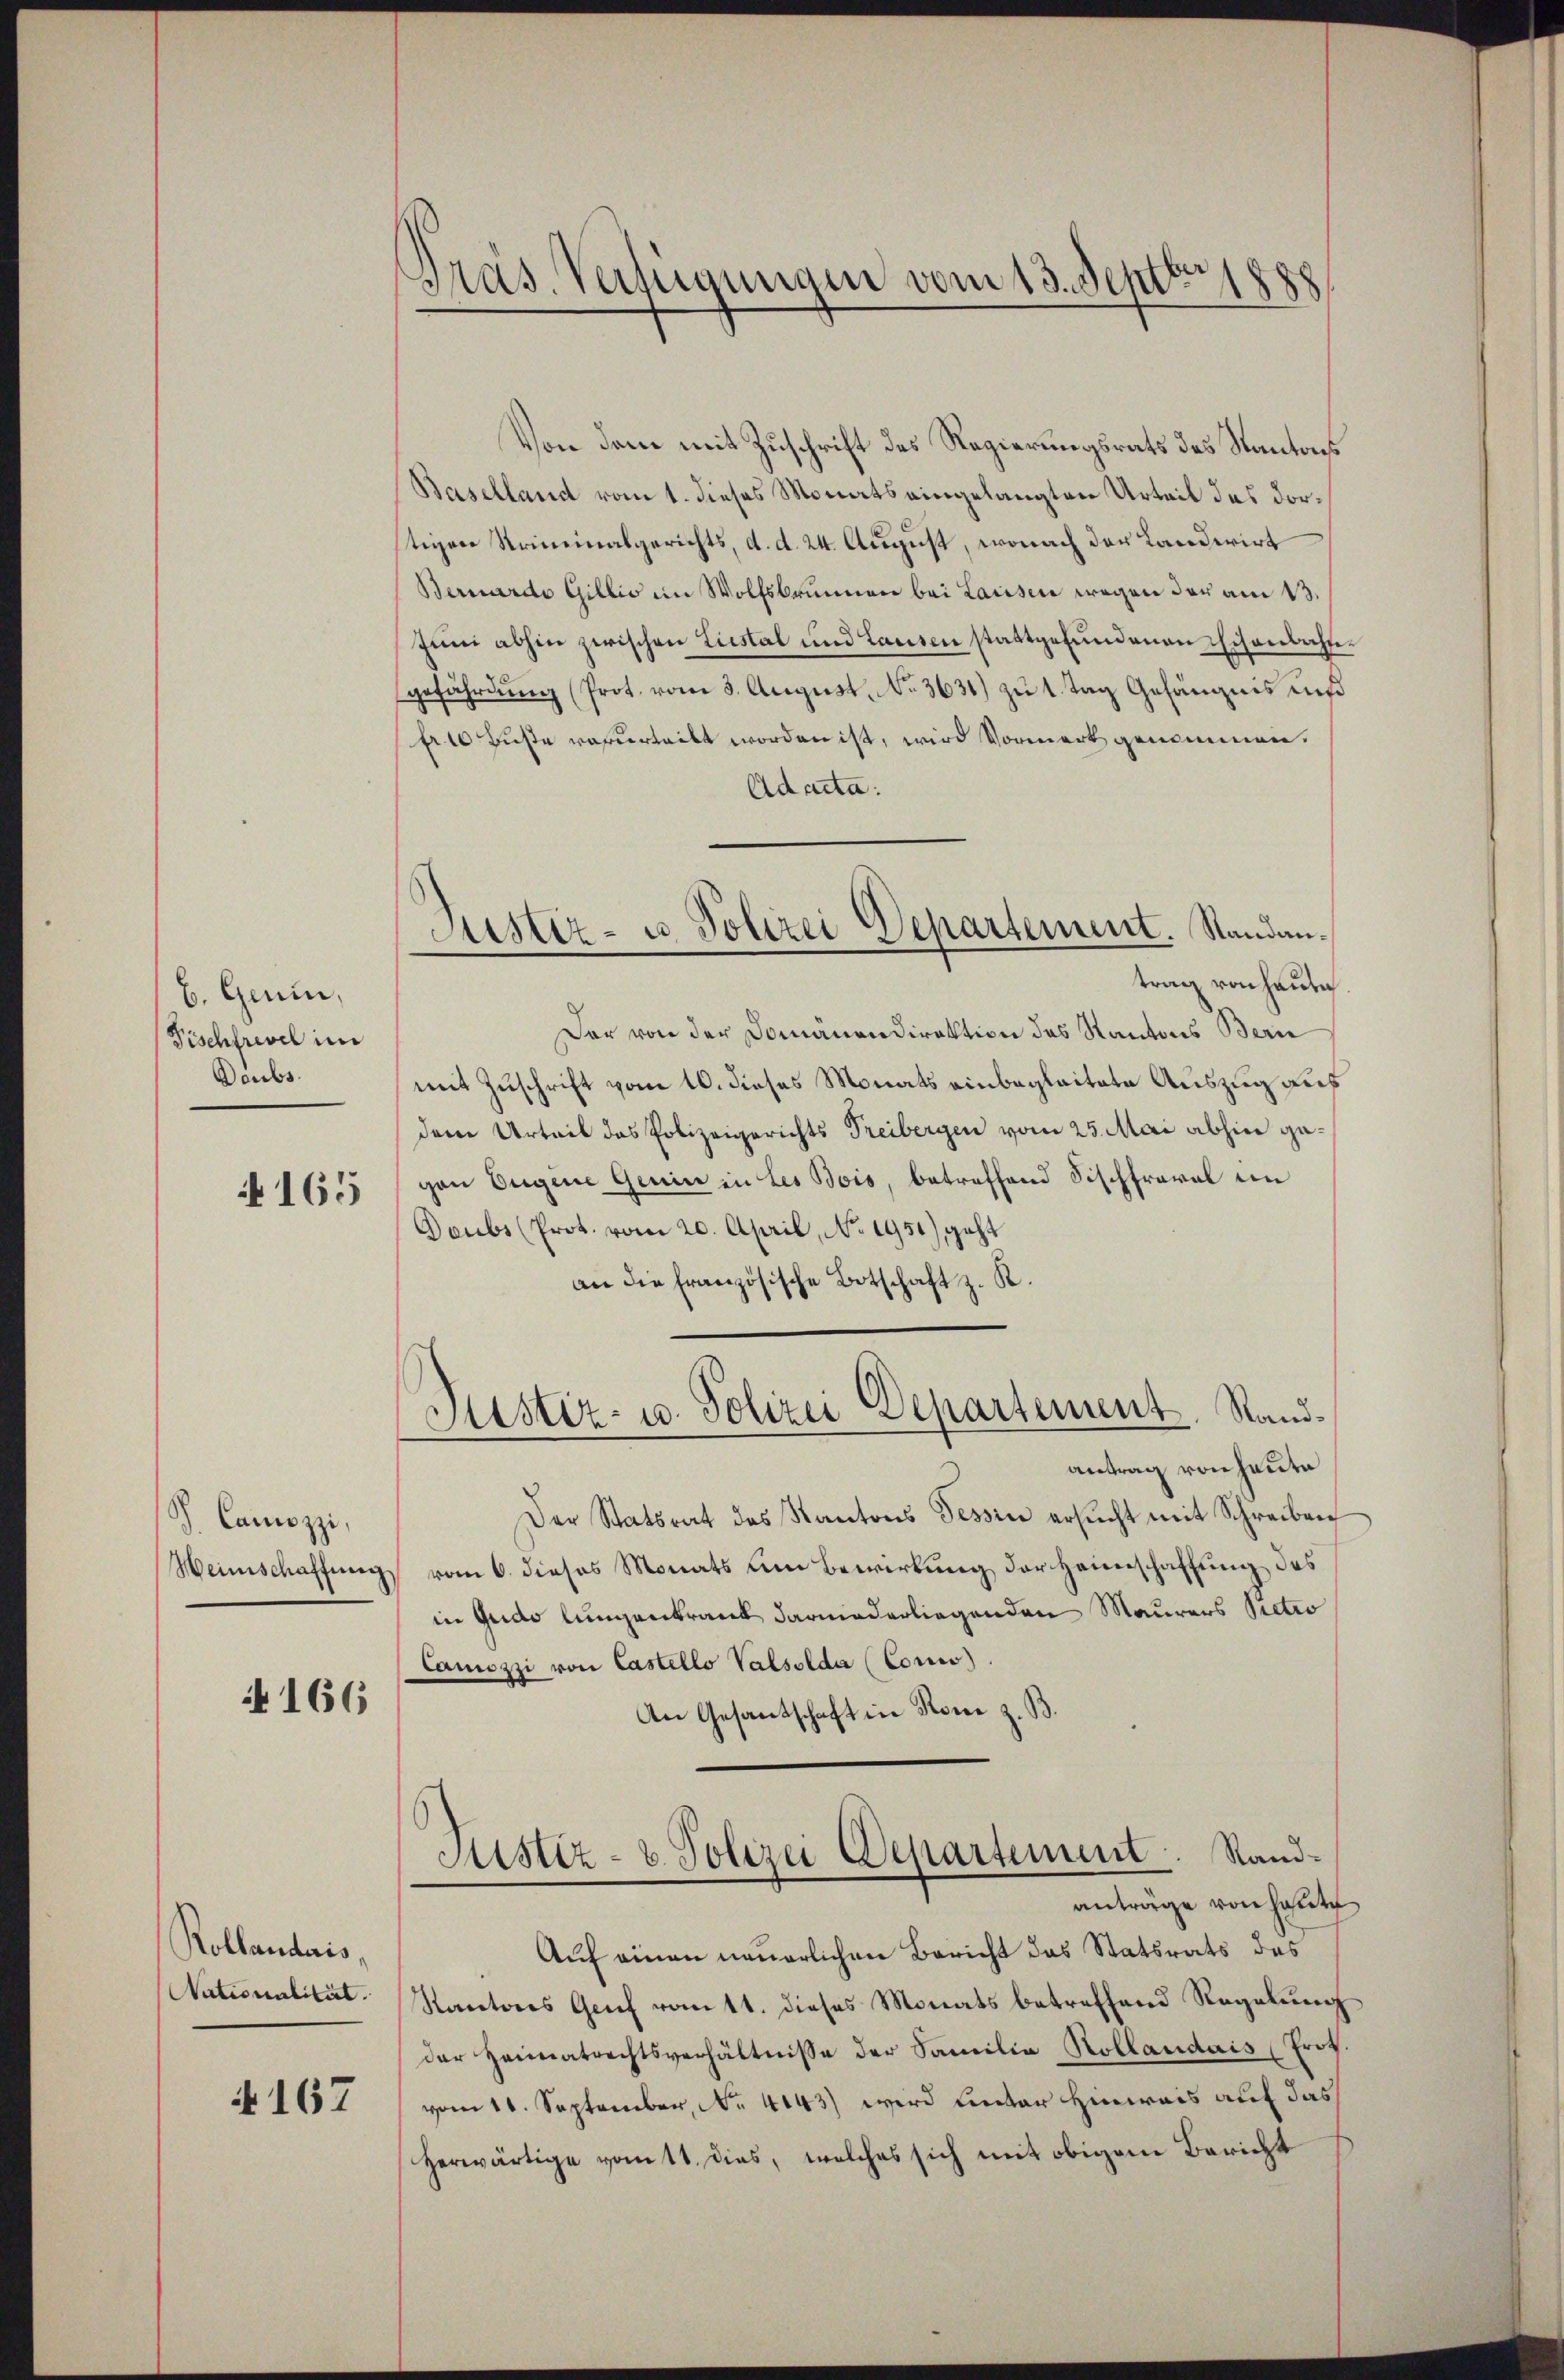
b. Gerin,
Fischfrevel im
Doubs.

N 165

S. Canozzi,

4166

Kollandais,
Nationalität.

4167

Präs. Verfügungen vom 13. Septbr. 1888

Von dem mit Zuschrift des Regierungsrats des Kantons
Baselland vom 1. dieses Monats eingelangten Urteil das dorstigen Kriminalgerichts, d. d. 24. August, wonach der Landerirt
Bernardo Gillis in Wolfsbrunnen bei Lausen wegen der am 13.
Juni abhin zwischen Liestal und Lausen stattgefundenen Eisenbahngefährdung (Prot. vom 3. August No. 3631) zu 1 Tag Gefängnis und
fr. 10 Fuße reverteilt worden ist, wird Vormerk genommen.
Ad acta:
Der von der Domänendirektion des Kantons Bern
mit Zuschrift vom 10. dieses Monats einbegleitete Auszug aus
dem Urteil das Polizeigerichts Freibergen vom 25. Mai abhin gegan Eugene Genin in Les Bois, betreffend Fischfraval in
Doubs (Prot. vom 20. April, No. 1951), geht
an die französische Botschaft z. R.
Justiz- u. Polizei Departement. Sandantrag von heute
Der Statsrat des Kantons Tessin ersucht mit Schreiben
Weinschaffung vom 6. dieses Monats um Bewirkung der Heimschaffung des
in Guido lungenkrank darniederliegenden Maurers Pietro
Camozzi von Castello Valsolda (Consis).
An Gesantschaft in Rone z. B.
Justiz- & Polizei Departement. Sandanträge von Haute
Auf einen neuerlichen Bericht das Statsrats des
Kantons Genf vom tt. dieses Monats betreffend Regelung
der Heimatrechtsverhältnisse der Familia Kollaudais (rez.
vom 11. September, No. 4143) wird unter Hinweis auf das
herwärtige vom 11. dies, welches sich mit obigem Bericht

Justiz- u. Polizei Departement. Standantrag von Hause